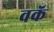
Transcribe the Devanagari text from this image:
वकॅ